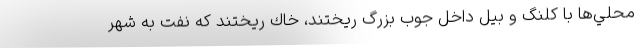
محلي‌ها با كلنگ و بيل داخل جوب بزرگ ريختند، خاك ريختند كه نفت به شهر